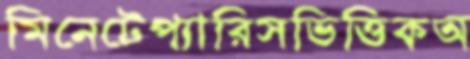
মিনেটেপ্যারিসভিত্তিকঅ